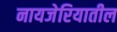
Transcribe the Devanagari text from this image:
नायजेरियातील